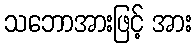
သဘောအားဖြင့် အား